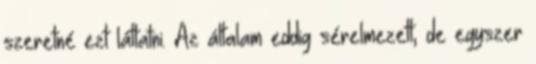
szeretné ezt láttatni. Az általam eddig sérelmezett, de egyszer